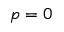
p = 0